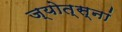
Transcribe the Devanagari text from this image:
ज्योत्स्नां